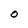
Character: O